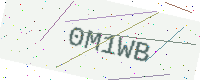
Text: 0M1WB